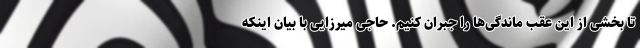
تا بخشی از این عقب ماندگی‌ها را جبران کنیم. حاجی میرزایی با بیان اینکه